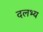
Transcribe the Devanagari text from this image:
दलभ्य